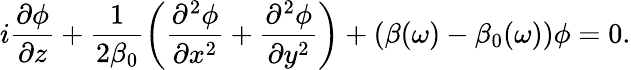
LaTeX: i\frac{\partial\phi}{\partial z}+\frac{1}{2\beta_{0}}\left(\frac{\partial^{2}\phi}{\partial x^{2}}+\frac{\partial^{2}\phi}{\partial y^{2}}\right)+(\beta(\omega)-\beta_{0}(\omega))\phi=0.